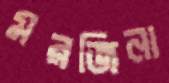
মরজিনা